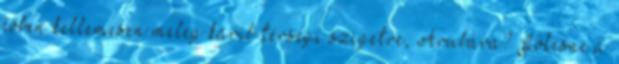
évben kellemesen meleg karib térségi szigetre, Arubára? Jólesne a